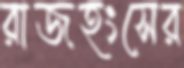
রাজহংসের